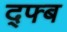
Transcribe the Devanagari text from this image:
द्फ्ब